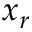
x _ { r }